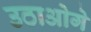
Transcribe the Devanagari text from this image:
उठाओगे